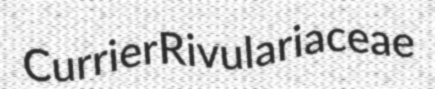
Currier Rivulariaceae